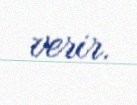
verir.